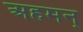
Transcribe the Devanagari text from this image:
अहमन्